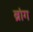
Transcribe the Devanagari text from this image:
ब्रांग